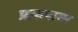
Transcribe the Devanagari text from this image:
प्रारुपावर